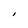
Character: I